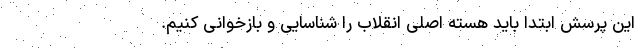
این پرسش ابتدا باید هسته اصلی انقلاب را شناسایی و بازخوانی کنیم.